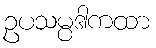
ဥပသမ္ပဒါကထာ